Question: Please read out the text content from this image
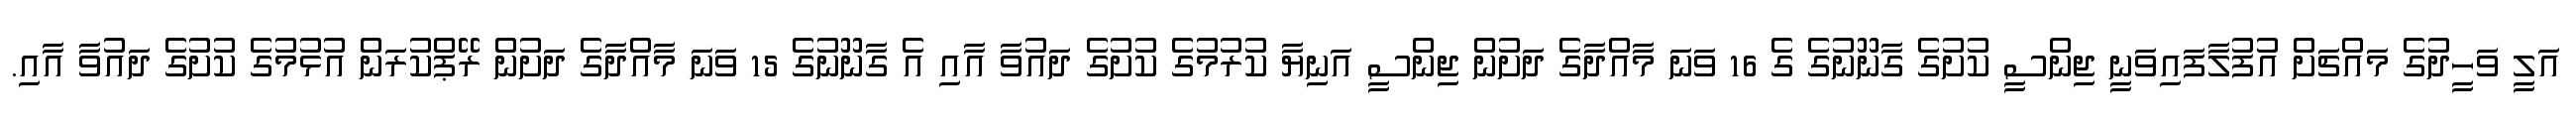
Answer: އަލީ ވަހީދުގެ މައްޗަށް އުފުލާފައިވަނީ ޖިންސީ ކުށުގެ ގާނޫނުގެ ގެ 16 ވަނަ މާއްދާގެ ދަށުން ޖިންސީ އަނިޔާ ކުރުމުގެ ކުށުގެ ދައުވާ އާއި އެ ގާނޫނުގެ 15 ވަނަ މާއްދާގެ ދަށުން ރޭޕްކުރަން އުޅުމުގެ ކުށުގެ ދައުވާ އާއި.